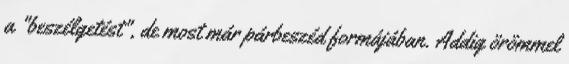
a "beszélgetést", de most már párbeszéd formájában. Addig örömmel